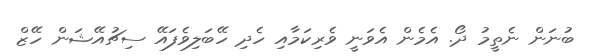
ބުނަން ނެތީމު ދޯ. އެމެން އެވަނީ ވެރިކަމާއި ހެދި ހޭބަލިވެފައޭ ސިޗުއޭޝަން ހޭޒް